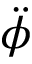
\ddot { \phi }